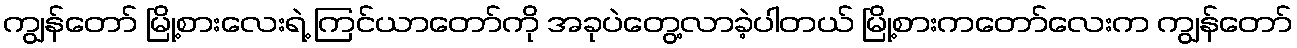
ကျွန်တော် မြို့စားလေးရဲ့ ကြင်ယာတော်ကို အခုပဲတွေ့လာခဲ့ပါတယ် မြို့စားကတော်လေးက ကျွန်တော်